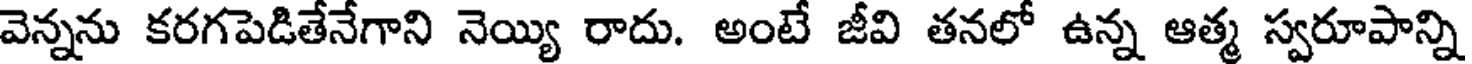
వెన్నను కరగపెడితేనేగాని నెయ్యి రాదు. అంటే జీవి తనలో ఉన్న ఆత్మ స్వరూపాన్ని